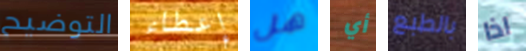
التوضيح إعطاء هل أي بالطبع اذا